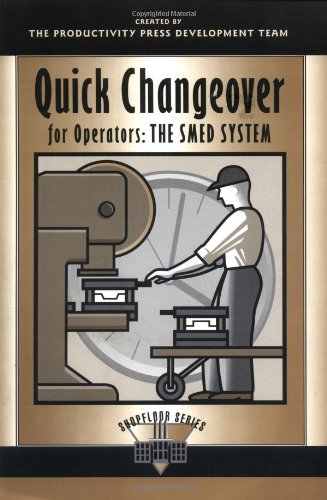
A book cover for Quick Changeover for Operators Learning Package: Quick Changeover for Operators: The SMED System (The Shopfloor Series); Shigeo Shingo; Engineering & Transportation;